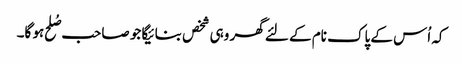
کہ اُس کے پاک نام کے لئے گھر وہی شخص بنائیگا جو صاحب صُلح ہو گا۔